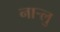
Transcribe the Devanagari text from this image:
नार्‍लु